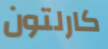
كارلتون